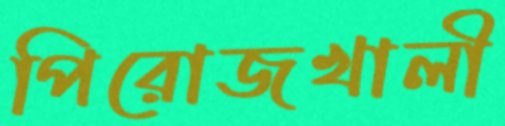
পিরোজখালী